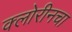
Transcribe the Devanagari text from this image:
क्लोरीनचा